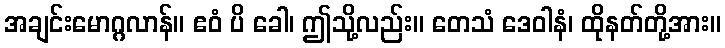
အချင်းမောဂ္ဂလာန်။ ဧဝံ ပိ ခေါ၊ ဤသို့လည်း။ တေသံ ဒေဝါနံ၊ ထိုနတ်တို့အား။